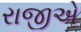
રાજીએ